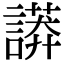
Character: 𧬏